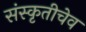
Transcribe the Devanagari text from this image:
संस्कृतीचेव